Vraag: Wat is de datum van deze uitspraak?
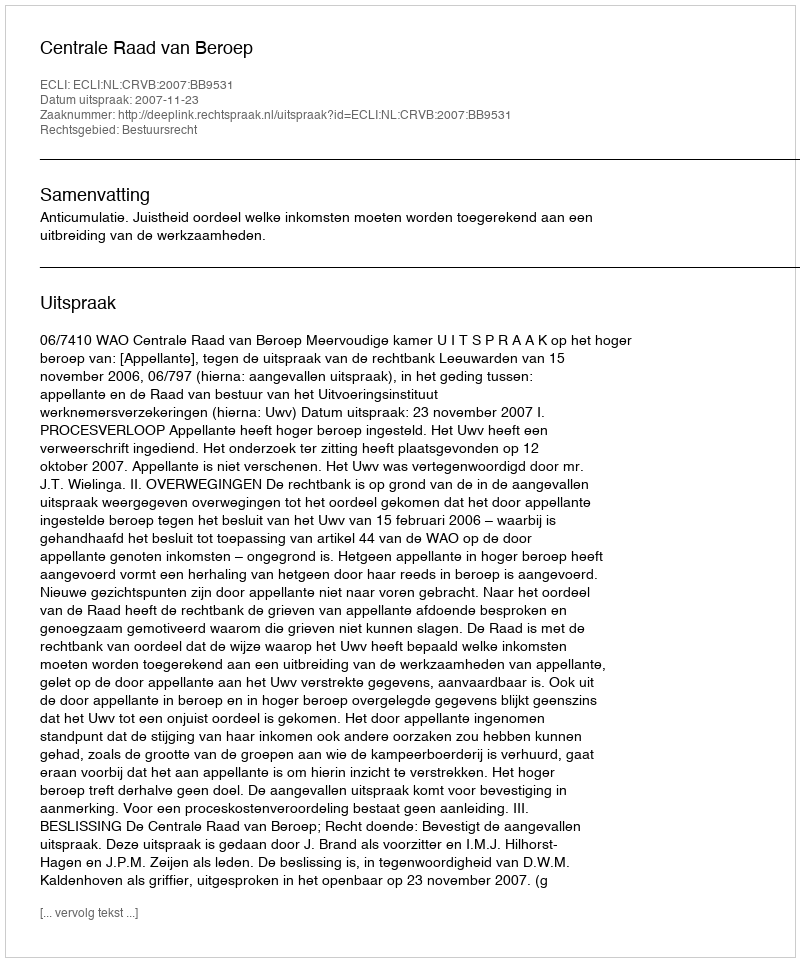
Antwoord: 2007-11-23